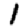
Digit: 1